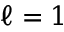
\ell = 1